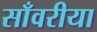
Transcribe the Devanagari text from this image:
साँवरीया